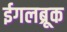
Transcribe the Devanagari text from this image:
ईगलब्रूक